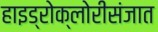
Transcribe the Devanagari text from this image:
हाइड्रोक्लोरीसंजात